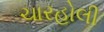
ચારહોલી